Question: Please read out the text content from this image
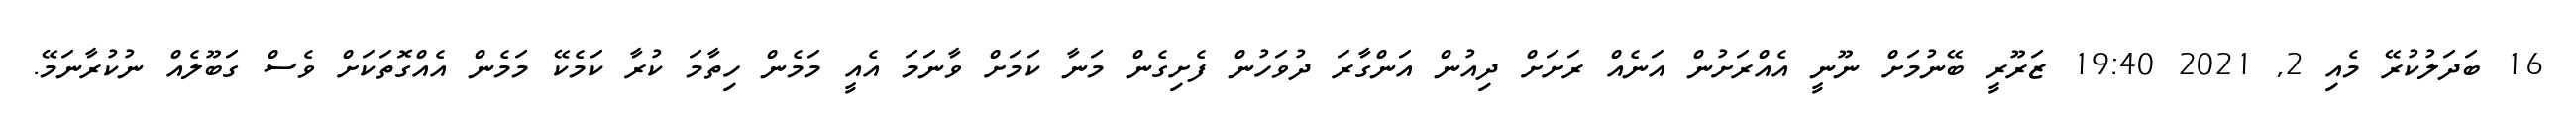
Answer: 16 ބަދަލުކުރޭ މެއި 2, 2021 19:40 ޒަރޫރީ ބޭނުމަށް ނޫނީ އެއްރަށުން އަނެއް ރަށަށް ދިއުން އަންގާރަ ދުވަހުން ފެށިގެން މަނާ ކަމަށް ވާނަމަ އެއީ މަމެން ހިތާމަ ކުރާ ކަމެކޭ މަމެން އެއްގޮތަކަށް ވެސް ގަބޫލެއް ނުކުރާނަމޭ.